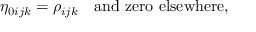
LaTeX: \eta _ { 0 i j k } = \rho _ { i j k } \quad \mathrm { a n d ~ z e r o ~ e l s e w h e r e } ,